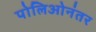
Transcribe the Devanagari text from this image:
पोलिओनंतर